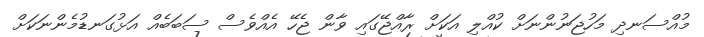
މުއްސަނދި މަހުޖަނުންނަށް ކުއްްލި އަކަށް ރާއްޖޭގައި ވާން ޖެހޭ އެެއްވެސް ސަބަބެއް އަޅުގަނޑުމެންނަކަށް